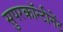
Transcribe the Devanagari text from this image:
सुपरकॉन्टीनेंट